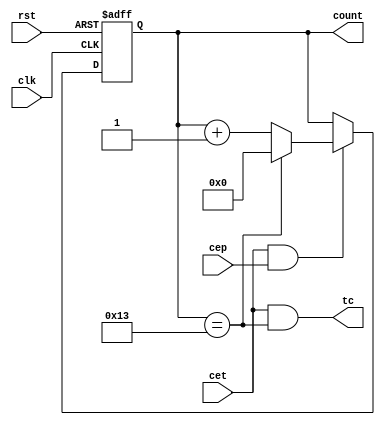
module Div20x (rst, clk, cet, cep, count, tc);
// TITLE 'Divide-by-20 Counter with enables'
// enable CEP is a clock enable only
// enable CET is a clock enable and
// enables the TC output
// a counter using the Verilog language

parameter size = 5;
parameter length = 20;

input rst; // These inputs/outputs represent
input clk; // connections to the module.
input cet;
input cep;

output [size-1:0] count;
output tc;

reg [size-1:0] count; // Signals assigned
                      // within an always
                      // (or initial)block
                      // must be of type reg

wire tc; // Other signals are of type wire

// The always statement below is a parallel
// execution statement that
// executes any time the signals
// rst or clk transition from low to high

always @ (posedge clk or posedge rst)
  if (rst) // This causes reset of the cntr
    count <= {size{1'b0}};
  else
  if (cet && cep) // Enables both  true
    begin
      if (count == length-1)
        count <= {size{1'b0}};
      else
        count <= count + 1'b1;
    end

// the value of tc is continuously assigned
// the value of the expression
assign tc = (cet && (count == length-1));

endmodule